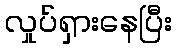
လှုပ်ရှားနေပြီး